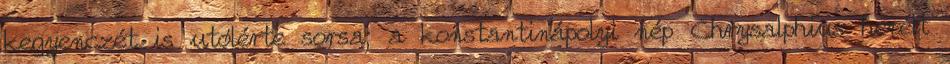
kegyenczét is utólérte sorsa; a konstantinápolyi nép Chrysalphius herélt